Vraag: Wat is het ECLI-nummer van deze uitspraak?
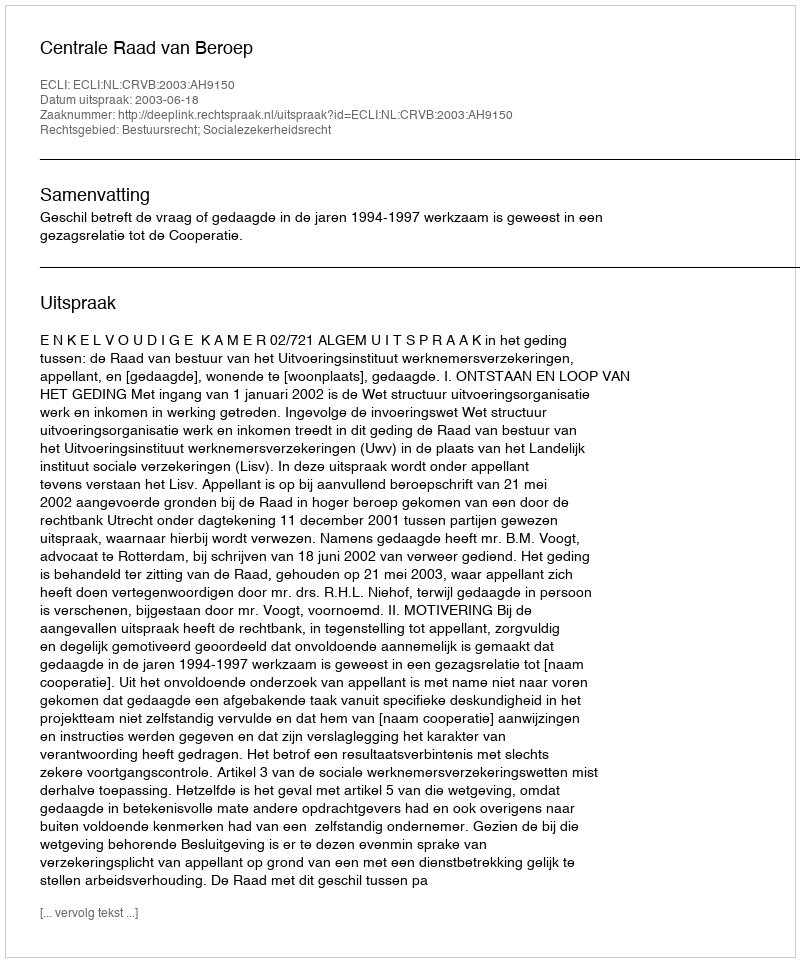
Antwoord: ECLI:NL:CRVB:2003:AH9150